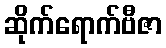
ဆိုက်ရောက်ဗီဇာ